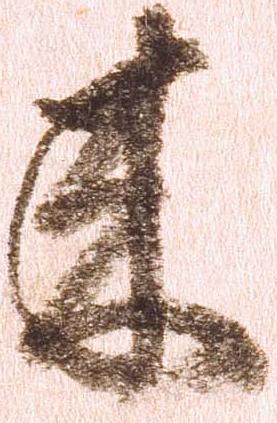
来